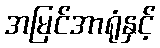
အမြင်အာရုံနှင့်